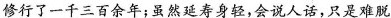
修行了一千三百余年；虽然延寿身轻，会说人话，只是难脱